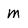
Character: m